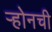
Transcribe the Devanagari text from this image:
ऱ्होनची